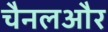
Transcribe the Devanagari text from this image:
चैनलऔर